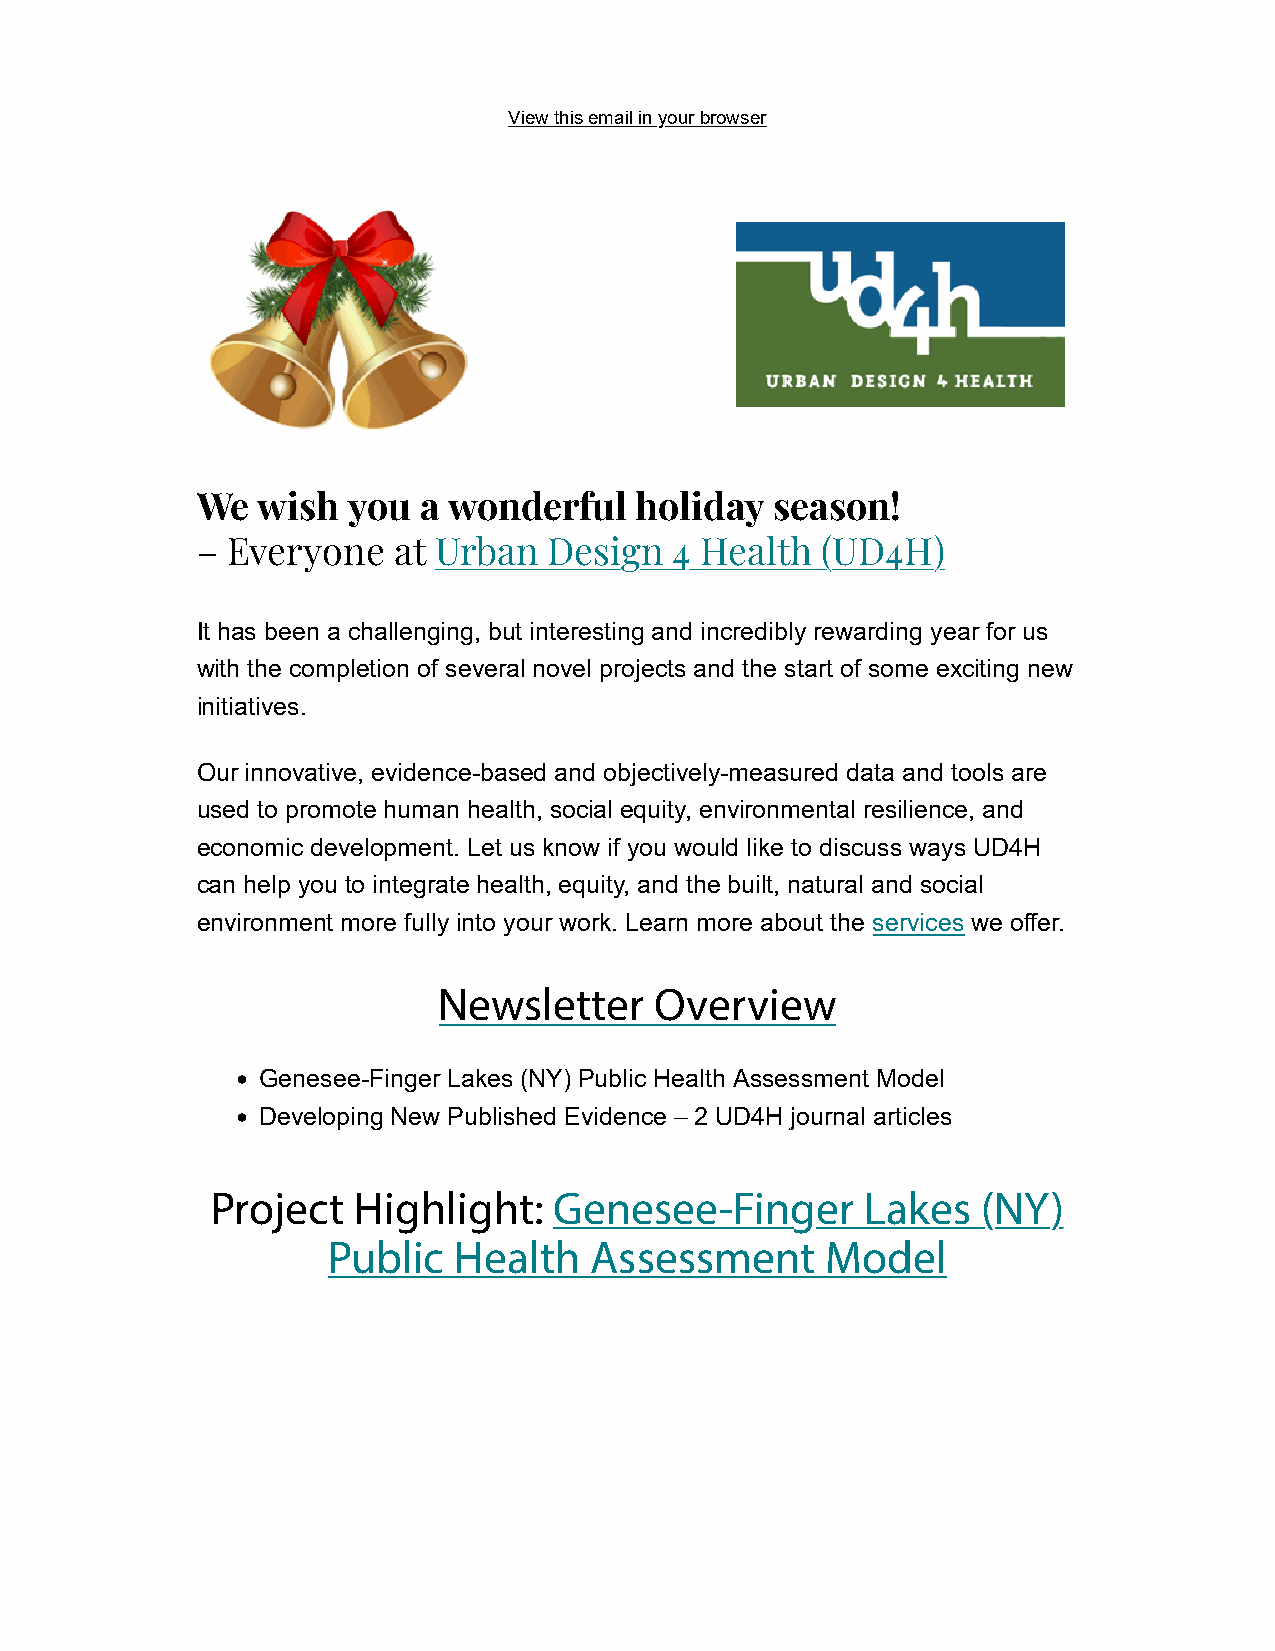
View this email in your browser
 We  wish  you  a wonderful   holiday  season!
 – Everyone   at Urban  Design   4 Health (UD4H)
 It has been a challenging, but interesting and incredibly rewarding year for us
 with the completion of several novel projects and the start of some exciting new
 initiatives.
 Our innovative, evidence-based and objectively-measured data and tools are
 used to promote human health, social equity, environmental resilience, and
 economic development. Let us know if you would like to discuss ways UD4H
 can help you to integrate health, equity, and the built, natural and social
 environment more fully into your work. Learn more about the services we offer.
 Newsletter    Overview
 • Genesee-Finger Lakes (NY) Public Health Assessment Model
 • Developing New Published Evidence – 2 UD4H journal articles
 Project  Highlight:    Genesee-Finger      Lakes   (NY)
 Public  Health   Assessment      Model